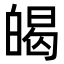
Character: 㿣